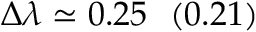
\Delta \lambda \simeq 0 . 2 5 ~ ~ ( 0 . 2 1 )